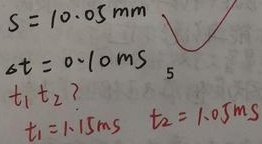
$S = 10.05\text{mm}$，$\Delta t=0.10\text{ms}$，$t_1, t_2$的值是多少？
$t_1 = 1.15\text{ms}$ ，$t_2 = 1.05\text{ms}$